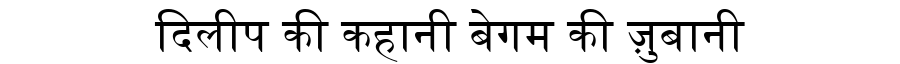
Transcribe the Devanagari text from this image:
दिलीप की कहानी बेगम की ज़ुबानी